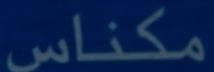
مكناس